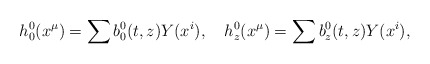
\begin{align*}{h^0_0}(x^\mu) =\sum {b^0_0} (t,z) Y(x^i) , \quad {h^0_z}(x^\mu) =\sum {b^0_z} (t,z) Y(x^i) ,\end{align*}